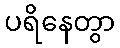
ပရိနေတွာ